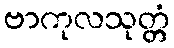
ဗာကုလသုတ္တံ